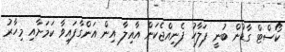
ކޯސްޓް ގާޑުން ބުނީ ފަލާހު ފެނިއްޖެކަން އާއިލާ އިން އަންގާފައިވާ ކަމަށާއި މިހާރު